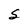
Character: S